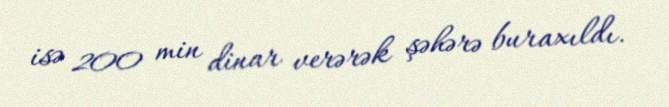
isə 200 min dinar verərək şəhərə buraxıldı.